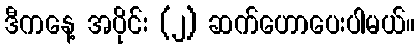
ဒီကနေ့ အပိုင်း (၂) ဆက်ဟောပေးပါမယ်။